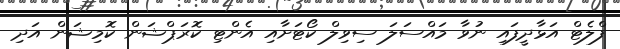
ފްލެޓް އަޅާދީފައި ނުވާ މައްސަލަ ސިވިލް ކޯޓަށާއި އެންޓި ކޮރަޕްޝަން ކޮމިޝަން އަދި